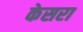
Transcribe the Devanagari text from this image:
केसरा